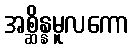
အစ္ဆိန္နမူလကော